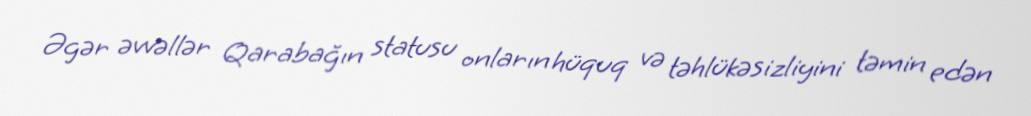
Əgər əvvəllər Qarabağın statusu onların hüquq və təhlükəsizliyini təmin edən